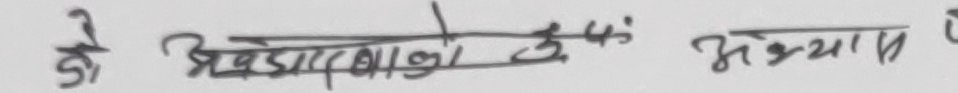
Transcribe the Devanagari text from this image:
के अध्यापकलाई ३५ अध्याय २